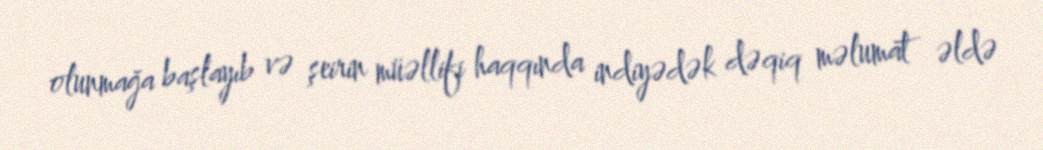
olunmağa başlayıb və şeirin müəllifi haqqında indiyədək dəqiq məlumat əldə